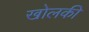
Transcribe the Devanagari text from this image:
खोलकी